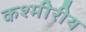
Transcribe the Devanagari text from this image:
कश्मीरीय